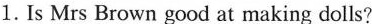
1. Is Mrs Brown good at making dolls?